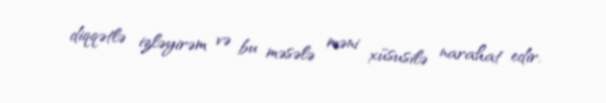
diqqətlə izləyirəm və bu məsələ məni xüsusilə narahat edir.